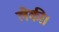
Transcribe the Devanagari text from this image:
लेकी।